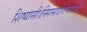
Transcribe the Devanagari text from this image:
शिष्यासी।निगमाद्यगोचराशी